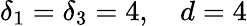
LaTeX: \delta_{1}=\delta_{3}=4,\quad d=4